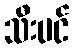
သီးပင်